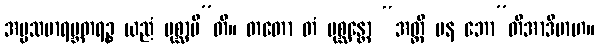
အပ္ပသမာရမ္ဘတရဉ္စ ယညံ ပုစ္ဆာမီ”တိ။ တတော တံ ပုစ္ဆန္တော “အတ္ထိ ပန ဘော”တိအာဒိမာဟ။